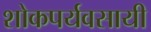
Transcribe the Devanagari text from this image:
शोकपर्यवसायी